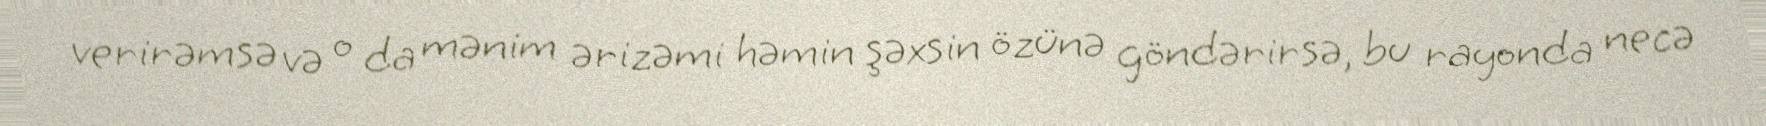
verirəmsə və o da mənim ərizəmi həmin şəxsin özünə göndərirsə, bu rayonda necə